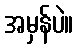
အမှန်ပဲ။